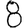
Digit: 8